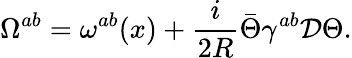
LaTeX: \Omega^{ab}=\omega^{ab}(x)+{\frac{i}{2R}}\bar{\Theta}\gamma^{ab}{\cal D}\Theta.